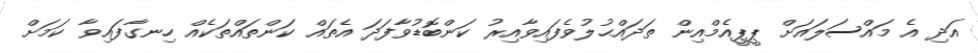
އަދި އެ މައްސަލައަށް ޕީޕީއެމްއިން ތަދައްޙުލުވެފައިވާއިރު ކަންބޮޑުވާފަދަ އެތައް ކަންތައްތަކެއް ހިނގާފައިވާ ކަމަށް